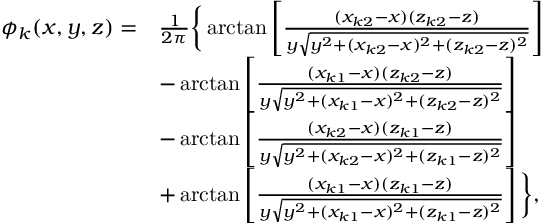
\begin{array} { r l } { \phi _ { k } ( x , y , z ) = } & { \frac { 1 } { 2 \pi } \bigg \{ \arctan \left[ \frac { ( x _ { k 2 } - x ) ( z _ { k 2 } - z ) } { y \sqrt { y ^ { 2 } + ( x _ { k 2 } - x ) ^ { 2 } + ( z _ { k 2 } - z ) ^ { 2 } } } \right] } \\ & { - \arctan \left[ \frac { ( x _ { k 1 } - x ) ( z _ { k 2 } - z ) } { y \sqrt { y ^ { 2 } + ( x _ { k 1 } - x ) ^ { 2 } + ( z _ { k 2 } - z ) ^ { 2 } } } \right] } \\ & { - \arctan \left[ \frac { ( x _ { k 2 } - x ) ( z _ { k 1 } - z ) } { y \sqrt { y ^ { 2 } + ( x _ { k 2 } - x ) ^ { 2 } + ( z _ { k 1 } - z ) ^ { 2 } } } \right] } \\ & { + \arctan \left[ \frac { ( x _ { k 1 } - x ) ( z _ { k 1 } - z ) } { y \sqrt { y ^ { 2 } + ( x _ { k 1 } - x ) ^ { 2 } + ( z _ { k 1 } - z ) ^ { 2 } } } \right] \bigg \} , } \end{array}